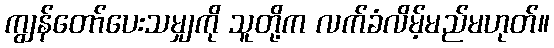
ကျွန်တော်ပေးသမျှကို သူတို့က လက်ခံလိမ့်မည်မဟုတ်။